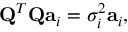
{ \mathbf { Q } } ^ { T } { \mathbf { Q } } { \mathbf { a } } _ { i } = \sigma _ { i } ^ { 2 } { \mathbf { a } } _ { i } ,